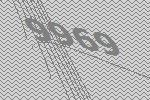
9969